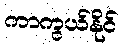
ကာကွယ်နိုင်